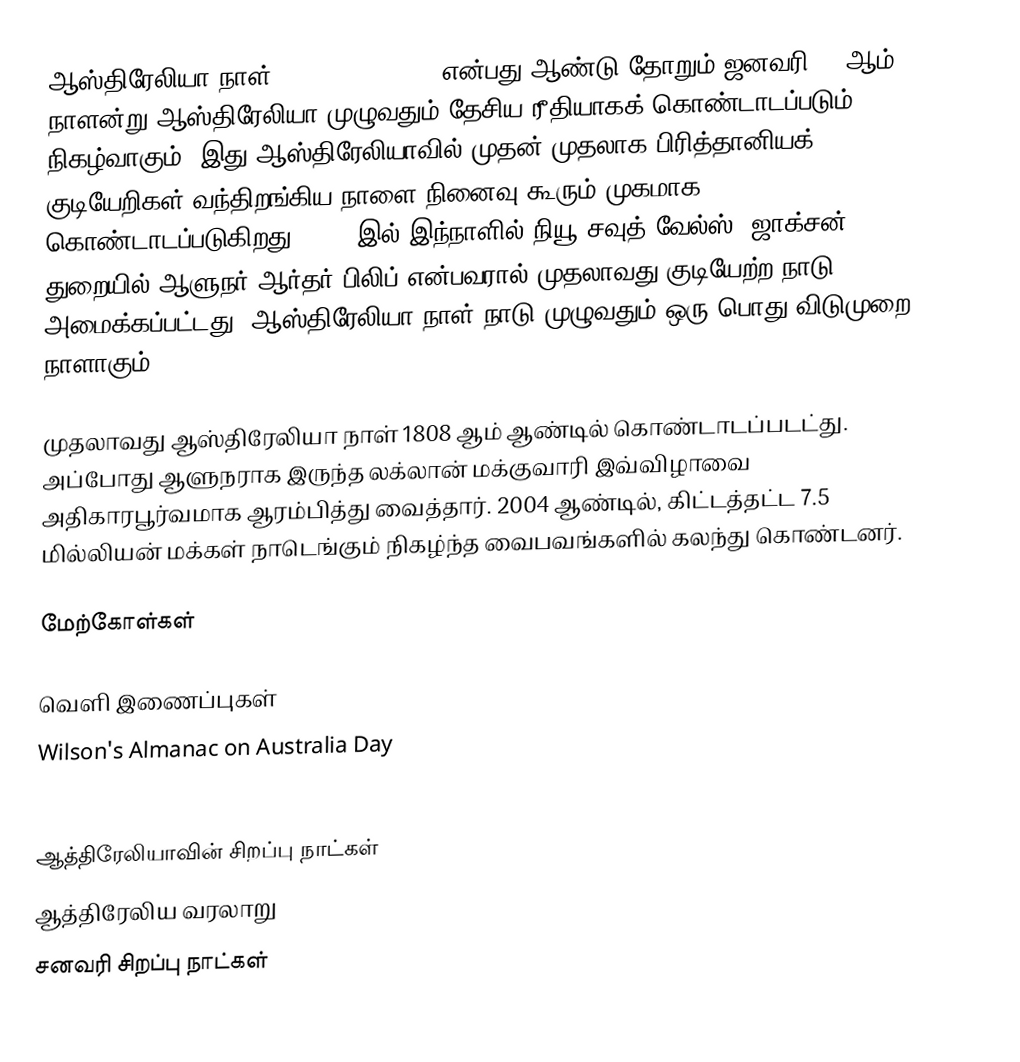
ஆஸ்திரேலியா நாள் (Australia Day), என்பது ஆண்டு தோறும் ஜனவரி 26 ஆம் நாளன்று ஆஸ்திரேலியா முழுவதும் தேசிய ரீதியாகக் கொண்டாடப்படும் நிகழ்வாகும். இது ஆஸ்திரேலியாவில் முதன் முதலாக பிரித்தானியக் குடியேறிகள் வந்திறங்கிய நாளை நினைவு கூரும் முகமாக கொண்டாடப்படுகிறது. 1788 இல் இந்நாளில் நியூ சவுத் வேல்ஸ், ஜாக்சன் துறையில் ஆளுநர் ஆர்தர் பிலிப் என்பவரால் முதலாவது குடியேற்ற நாடு அமைக்கப்பட்டது. ஆஸ்திரேலியா நாள் நாடு முழுவதும் ஒரு பொது விடுமுறை நாளாகும்.

முதலாவது ஆஸ்திரேலியா நாள் 1808 ஆம் ஆண்டில் கொண்டாடப்படட்து. அப்போது ஆளுநராக இருந்த லக்லான் மக்குவாரி இவ்விழாவை அதிகாரபூர்வமாக ஆரம்பித்து வைத்தார். 2004 ஆண்டில், கிட்டத்தட்ட 7.5 மில்லியன் மக்கள் நாடெங்கும் நிகழ்ந்த வைபவங்களில் கலந்து கொண்டனர்.

மேற்கோள்கள்

வெளி இணைப்புகள்
 Wilson's Almanac on Australia Day
 National Australia Day Council

ஆத்திரேலியாவின் சிறப்பு நாட்கள்
ஆத்திரேலிய வரலாறு
சனவரி சிறப்பு நாட்கள்